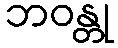
ဘဝန္တု